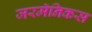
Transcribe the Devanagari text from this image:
जरमॅनिकस